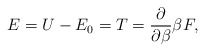
\begin{align*}E=U-E_0=T=\frac\partial{\partial\beta}\beta F,\end{align*}